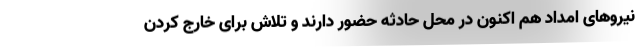
نیروهای امداد هم اکنون در محل حادثه حضور دارند و تلاش برای خارج کردن